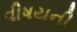
વીષયની